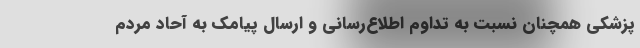
پزشکی همچنان نسبت به تداوم اطلاع‌رسانی و ارسال پیامک به آحاد مردم